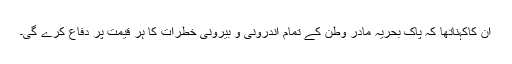
ان کاکہناتھا کہ پاک بحریہ مادر وطن کے تمام اندرونی و بیرونی خطرات کا ہر قیمت پر دفاع کرے گی۔